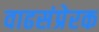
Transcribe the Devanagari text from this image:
वाढसंप्रेरक